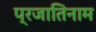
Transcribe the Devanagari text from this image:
प्रजातिनाम